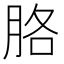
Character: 胳